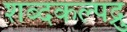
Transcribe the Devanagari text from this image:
शब्दकल्पद्रु